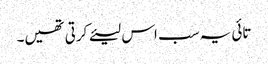
تائی یہ سب اس لیئے کرتی تھیں۔